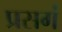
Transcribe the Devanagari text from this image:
प्रसगं